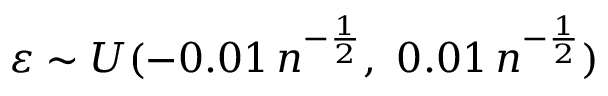
\varepsilon \sim U ( - 0 . 0 1 \, n ^ { - \frac { 1 } { 2 } } , \ 0 . 0 1 \, n ^ { - \frac { 1 } { 2 } } )